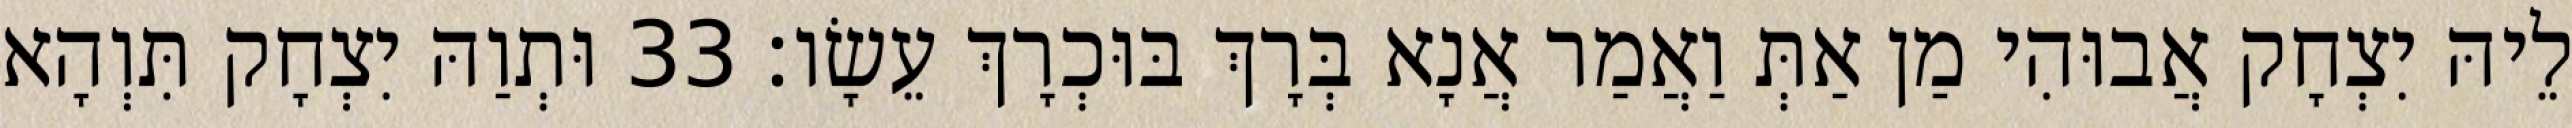
לֵיהּ יִצְחָק אֲבוּהִי מַן אַתְּ וַאֲמַר אֲנָא בְּרָךְ בּוּכְרָךְ עֵשָׂו׃ 33 וּתְוַהּ יִצְחָק תִּוְהָא